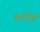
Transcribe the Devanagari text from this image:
अल्टेई